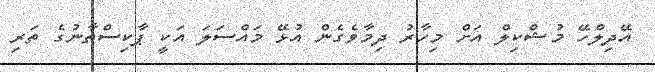
އޭދިލްހޭ މުޝްކިލް އަށް މިހާރު ދިމާވެގެން އުޅޭ މައްސަލަ އަކީ ޕާކިސްތާނުގެ ތަރި